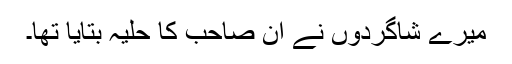
میرے شاگردوں نے ان صاحب کا حلیہ بتایا تھا۔